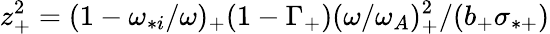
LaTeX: z_{+}^{2}=(1-\omega_{*i}/\omega)_{+}(1-\Gamma_{+})(\omega/\omega_{A})_{+}^{2}/(b_{+}\sigma_{*+})